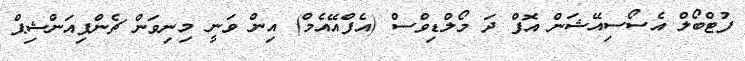
ފުޓްބޯލް އެސޯސިއޭޝަން އޮފް ދަ މޯލްޑިވްސް (އެފްއޭއެމް) އިން ވަނީ މިނިވަން ޗެންޕިއަންޝިޕް